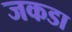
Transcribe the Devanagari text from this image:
जकडा